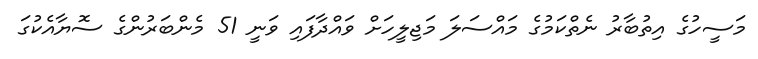
މަސީހުގެ އިތުބާރު ނެތްކަމުގެ މައްސަލަ މަޖިލީހަށް ވައްދާފައި ވަނީ 51 މެންބަރުންގެ ސޮޔާއެކުގަ